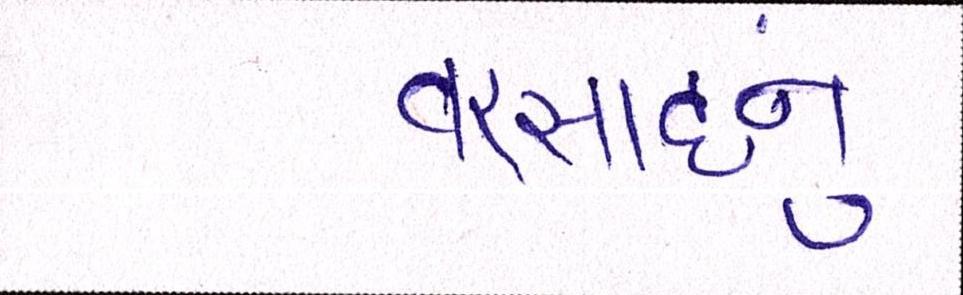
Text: વરસાદનું